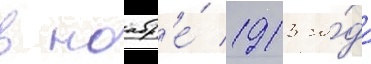
в ноабр'е́ 1913 го́да